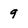
Character: 9